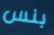
بنس